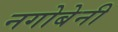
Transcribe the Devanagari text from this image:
नगोबेनी